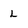
Character: L